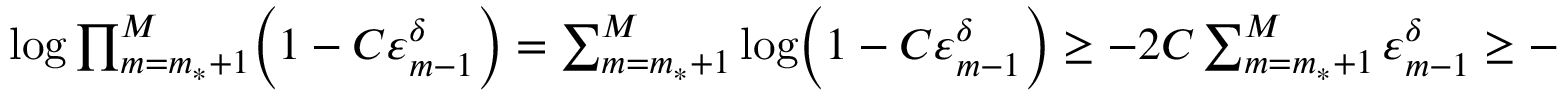
\begin{array} { r } { \log \prod _ { m = m _ { * } + 1 } ^ { M } \Bigl ( 1 - C \varepsilon _ { m - 1 } ^ { \delta } \Bigr ) = \sum _ { m = m _ { * } + 1 } ^ { M } \log \Bigl ( 1 - C \varepsilon _ { m - 1 } ^ { \delta } \Bigr ) \geq - 2 C \sum _ { m = m _ { * } + 1 } ^ { M } \varepsilon _ { m - 1 } ^ { \delta } \geq - C \varepsilon _ { m _ { * } } ^ { \delta } \, . } \end{array}